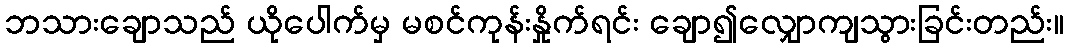
ဘသားချောသည် ယိုပေါက်မှ မစင်ကုန်းနှိုက်ရင်း ချော၍လျှောကျသွားခြင်းတည်း။